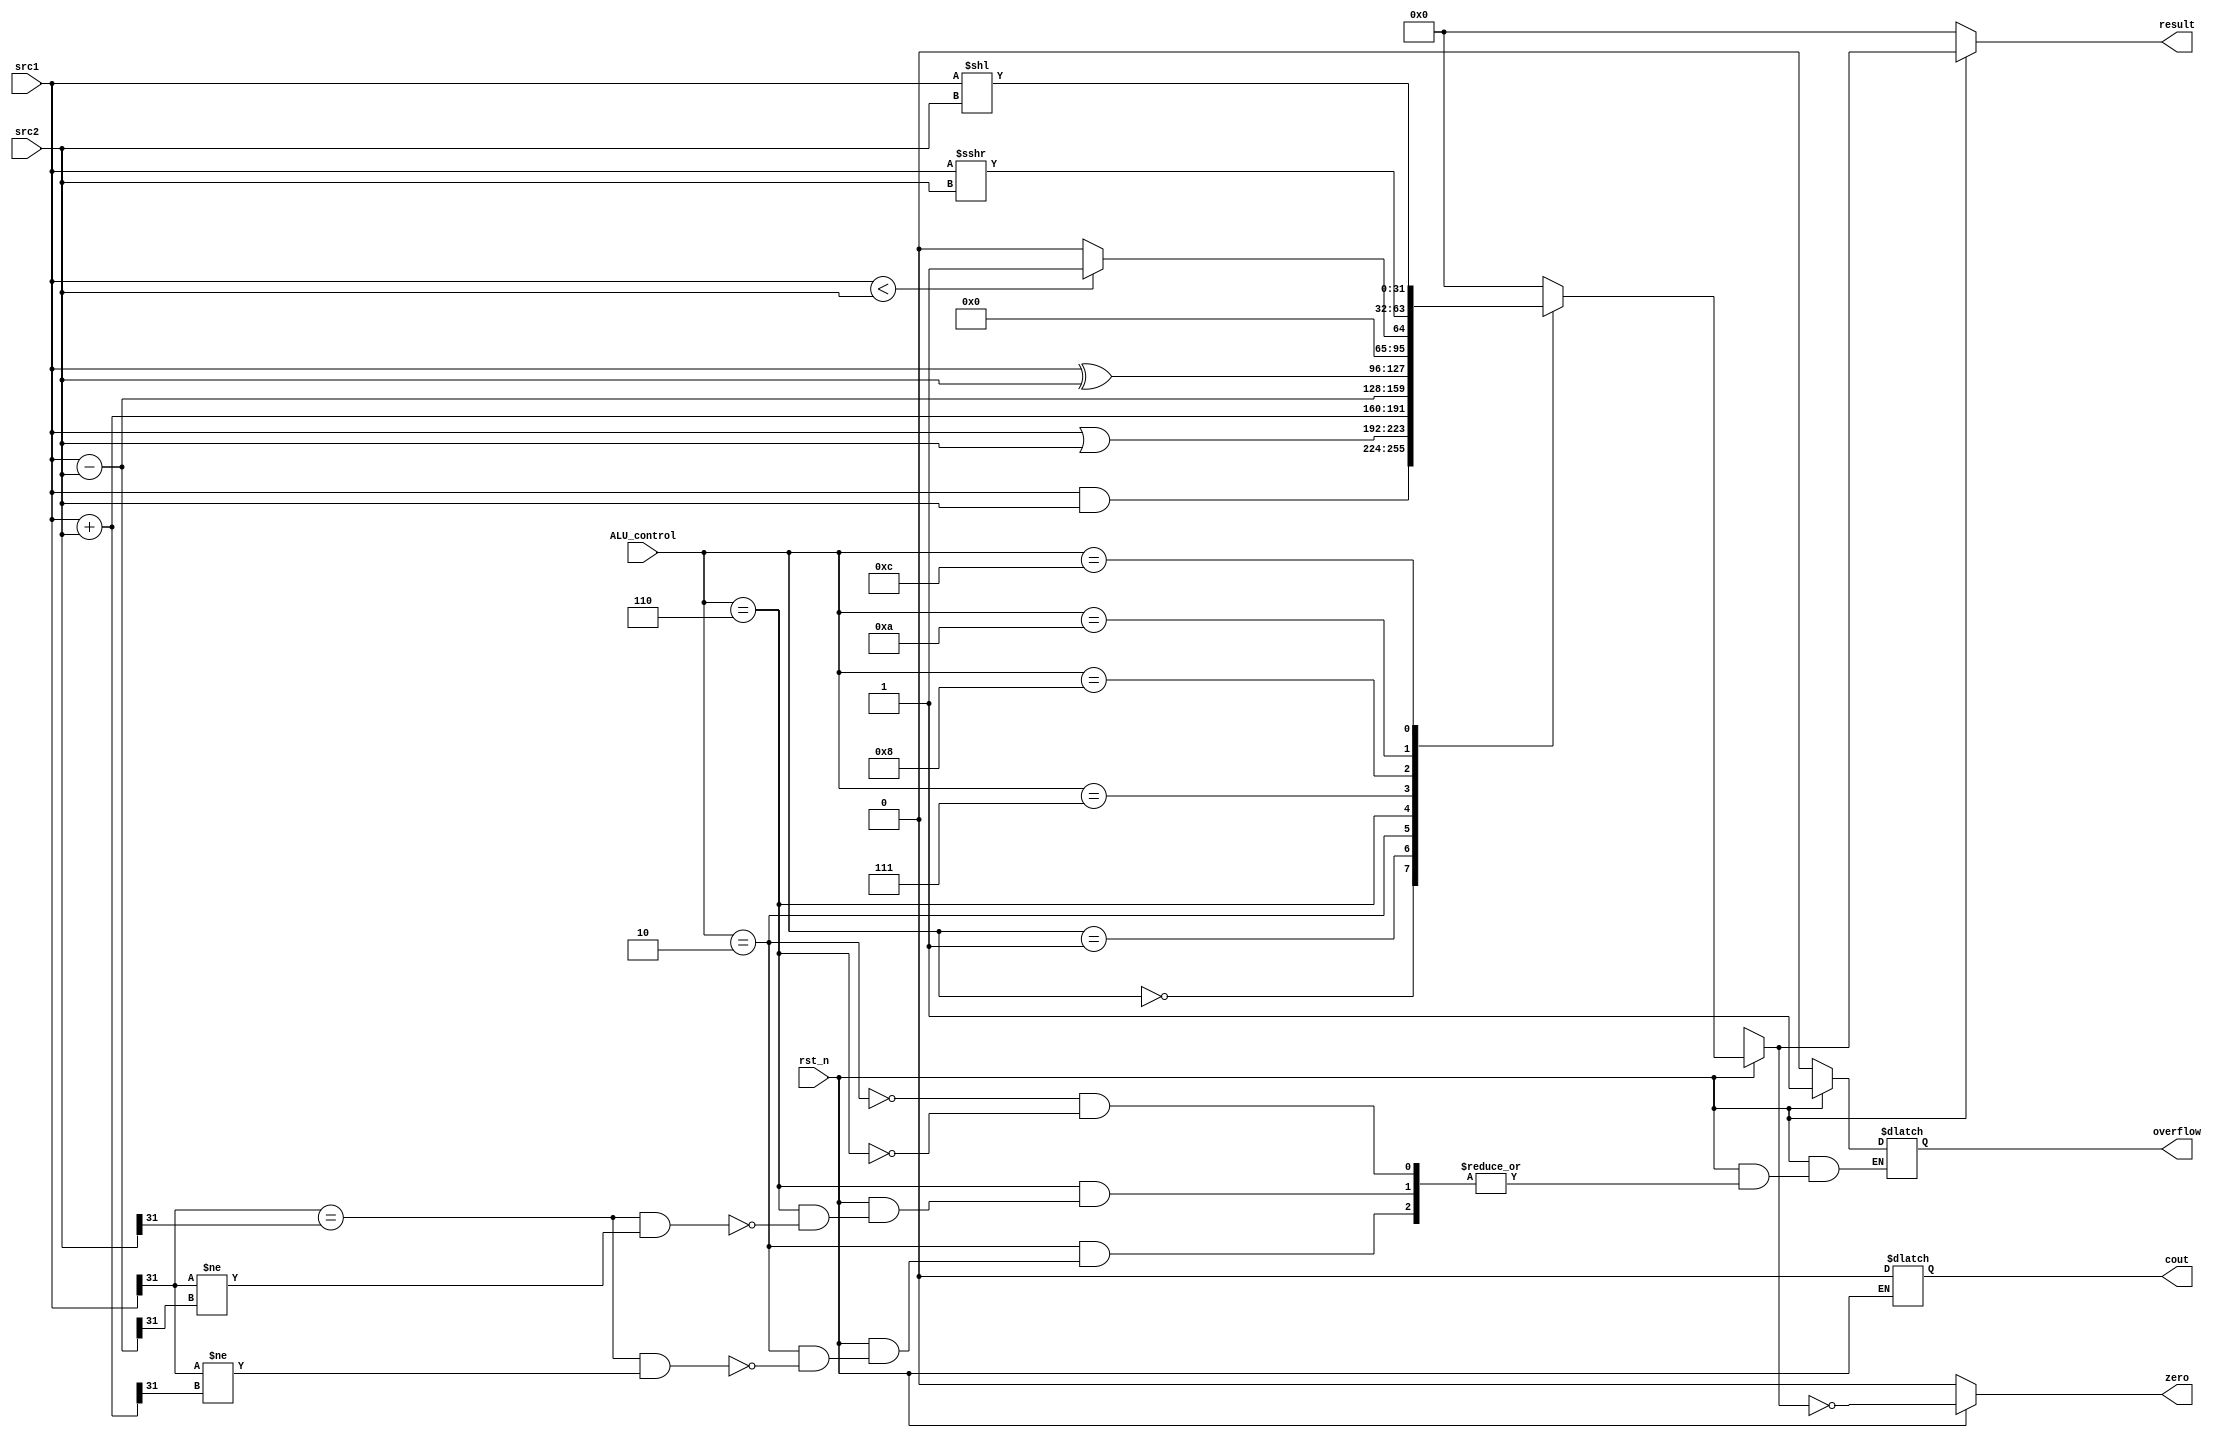
/***************************************************
Student Name:
Student ID:0711099
***************************************************/
`timescale 1ns/1ps

module alu(
	input                   rst_n,         // negative reset            (input)
	input signed [32-1:0]	src1,          // 32 bits source 1          (input)
	input signed [32-1:0]	src2,          // 32 bits source 2          (input)
	input 	     [ 4-1:0] 	ALU_control,   // 4 bits ALU control input  (input)
	output reg   [32-1:0]	result,        // 32 bits result            (output)
	output reg              zero,          // 1 bit when the output is 0, zero must be set (output)
	output reg              cout,          // 1 bit carry out           (output)
	output reg              overflow       // 1 bit overflow            (output)
	);

/* Write your code HERE */

always @(*) begin
	if(~rst_n) begin	//reset
		result   <= 0;
		zero     <= 0;
		cout     <= 0;
		overflow <= 0;
	end
	else begin
		case (ALU_control)
			4'b0000: begin	//AND
				result = src1&src2;
			end
			4'b0001: begin	//OR
				result = src1|src2;
			end
			4'b0010: begin	//add
				result = src1+src2;
				if(src1[31]==src2[31] && src1[31]!=result[31]) begin
					overflow = 1;
				end
			end
			4'b0110: begin	//sub (beq)
				result = src1-src2;
				if(src1[31]==src2[31] && src1[31]!=result[31]) begin
					overflow = 1;
				end
			end
			4'b0111: begin	//xor
				result = src1^src2;
			end
			4'b1000: begin	//slt
				result = (src1<src2 ? 1:0);
			end
			4'b1010: begin	//shift right
				result = src1 >>> src2;
			end
			4'b1100: begin	//shift left
				result = src1 << src2;
			end
			default: begin
				result = 0;
			end
		endcase
		zero = !result;
	end
end



endmodule